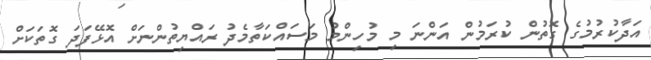
އަދާކުރުމުގެ ގޮތުން ކުރަމުން އަންނަ މި މުހިންމު މަސައްކަތާމެދު ރައްޔިތުންނަށް އޮޅޭފަދަ ގޮތަކަށް